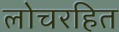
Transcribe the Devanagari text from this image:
लोचरहित